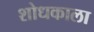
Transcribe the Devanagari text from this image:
शोधकाला